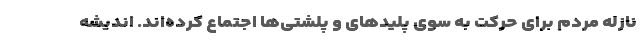
نازله مردم برای حرکت به سوی پلیدهای و پلشتی‌ها اجتماع کرده‌اند. اندیشه